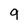
Character: 9